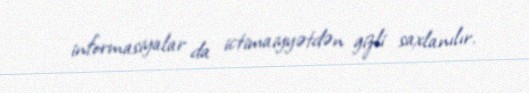
informasiyalar da ictimaiyyətdən gizli saxlanılır.